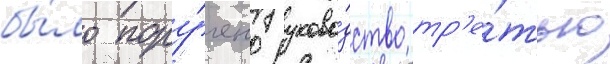
бы́ло пору́чено руково́дство тр'е́тью